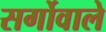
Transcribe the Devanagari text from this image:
सर्गोवाले